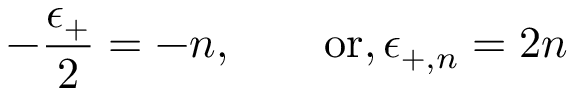
- { \frac { \epsilon _ { + } } { 2 } } = - n , \qquad \mathrm { o r , } \, \epsilon _ { + , n } = 2 n